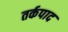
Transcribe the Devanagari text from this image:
तर्कपाद